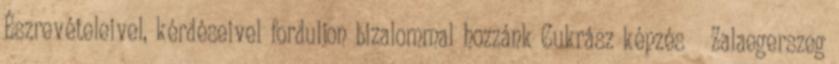
Észrevételeivel, kérdéseivel forduljon bizalommal hozzánk Cukrász képzés Zalaegerszeg